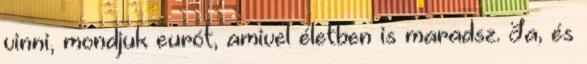
vinni, mondjuk eurót, amivel életben is maradsz. Ja, és